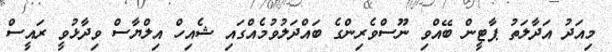
މިއަދު އަދާލަތު ޕާޓީން ބޭއްވި ނޫސްވެރިންގެ ބައްދަލުވުމެއްގައި ޝެއިހް އިލްޔާސް ވިދާޅުވީ ރައީސް